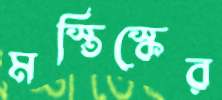
মস্তিস্কের